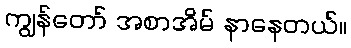
ကျွန်တော် အစာအိမ် နာနေတယ်။